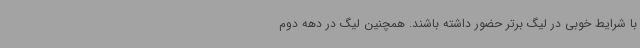
با شرایط خوبی در لیگ برتر حضور داشته باشند. همچنین لیگ در دهه دوم